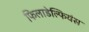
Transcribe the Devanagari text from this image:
फिलाडेल्फियंस